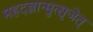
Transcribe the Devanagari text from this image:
महदज्ञान्मुत्सृजेत्